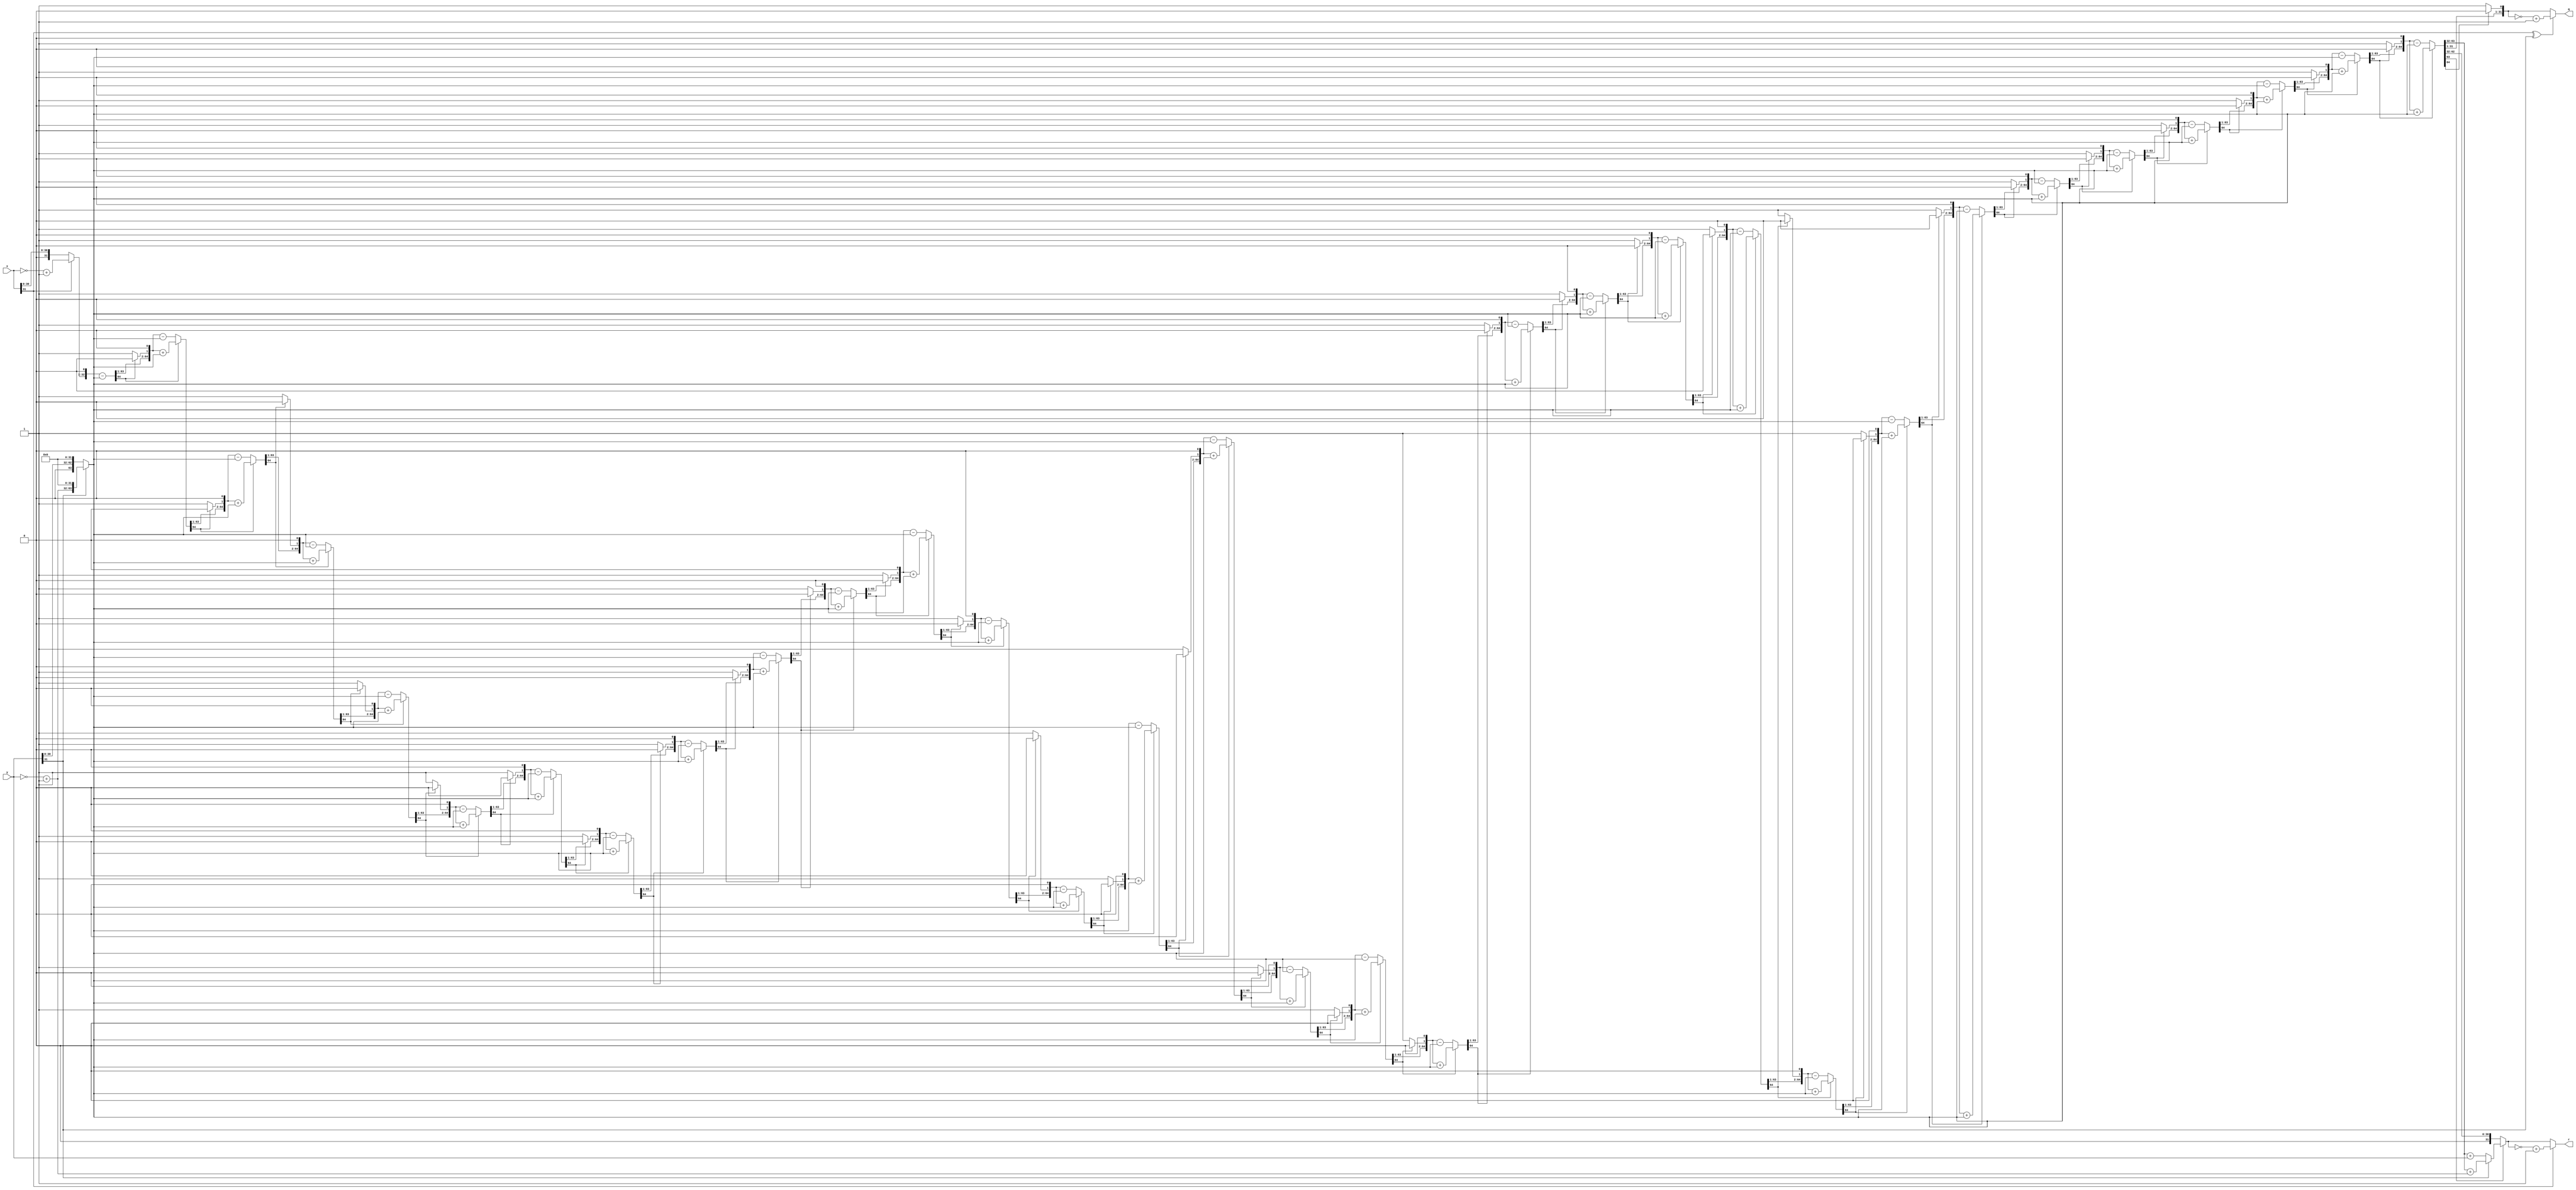
module nrda_div
#(
    parameter WIDTH=32
)
(
    input [WIDTH-1:0] x,
    input [WIDTH-1:0] y,
    output reg [WIDTH-1:0] r,
    output reg [WIDTH-1:0] q
);

reg [2*WIDTH:0] A;//Reserve one carry bit
reg [2*WIDTH-1:0] D;

integer i;
always @(x or y) begin
    //signed->unsigned
    A = x[WIDTH-1] ? {{(WIDTH+1){1'b0}},~x+1'b1} : {{(WIDTH+1){1'b0}},x};
    D = y[WIDTH-1] ? {~y+1'b1,{WIDTH{1'b0}}} : {y,{WIDTH{1'b0}}};
    //calculate unsigned div
    for(i = 0; i < WIDTH; i = i + 1) begin
        if(A[2*WIDTH]==1'b1) begin
            A = A << 1;
            A = A + D;
        end
        else begin
            A = A << 1;
            A = A - D;
        end
        if(A[2*WIDTH]==1'b1) begin
            A[0] = 1'b0;
        end
        else begin
            A[0] = 1'b1;
        end
    end
    r = A[2*WIDTH-1:WIDTH];
    q = A[WIDTH-1:0];
    //Calculation calibration, the remainder R is converted to a positive number
    if(r[WIDTH-1]==1'b1) begin
        r = y[WIDTH-1] ? (r+(~y+1'b1)) : (r+y);
    end
    r = x[WIDTH-1] ? (~r+1'b1) : r;
    q = x[WIDTH-1]^y[WIDTH-1] ? (~q+1'b1) : q;
end

endmodule